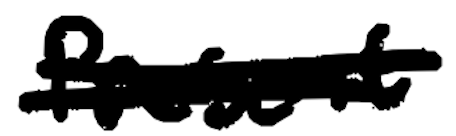
Text: present
Cross-out: double-line
Writing tool: digital_black